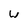
Character: w